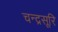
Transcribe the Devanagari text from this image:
चन्द्रसूरि